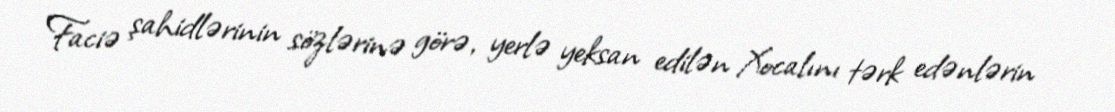
Faciə şahidlərinin sözlərinə görə, yerlə yeksan edilən Xocalını tərk edənlərin